Vana-Antsla_vallavalitsus, lk 147
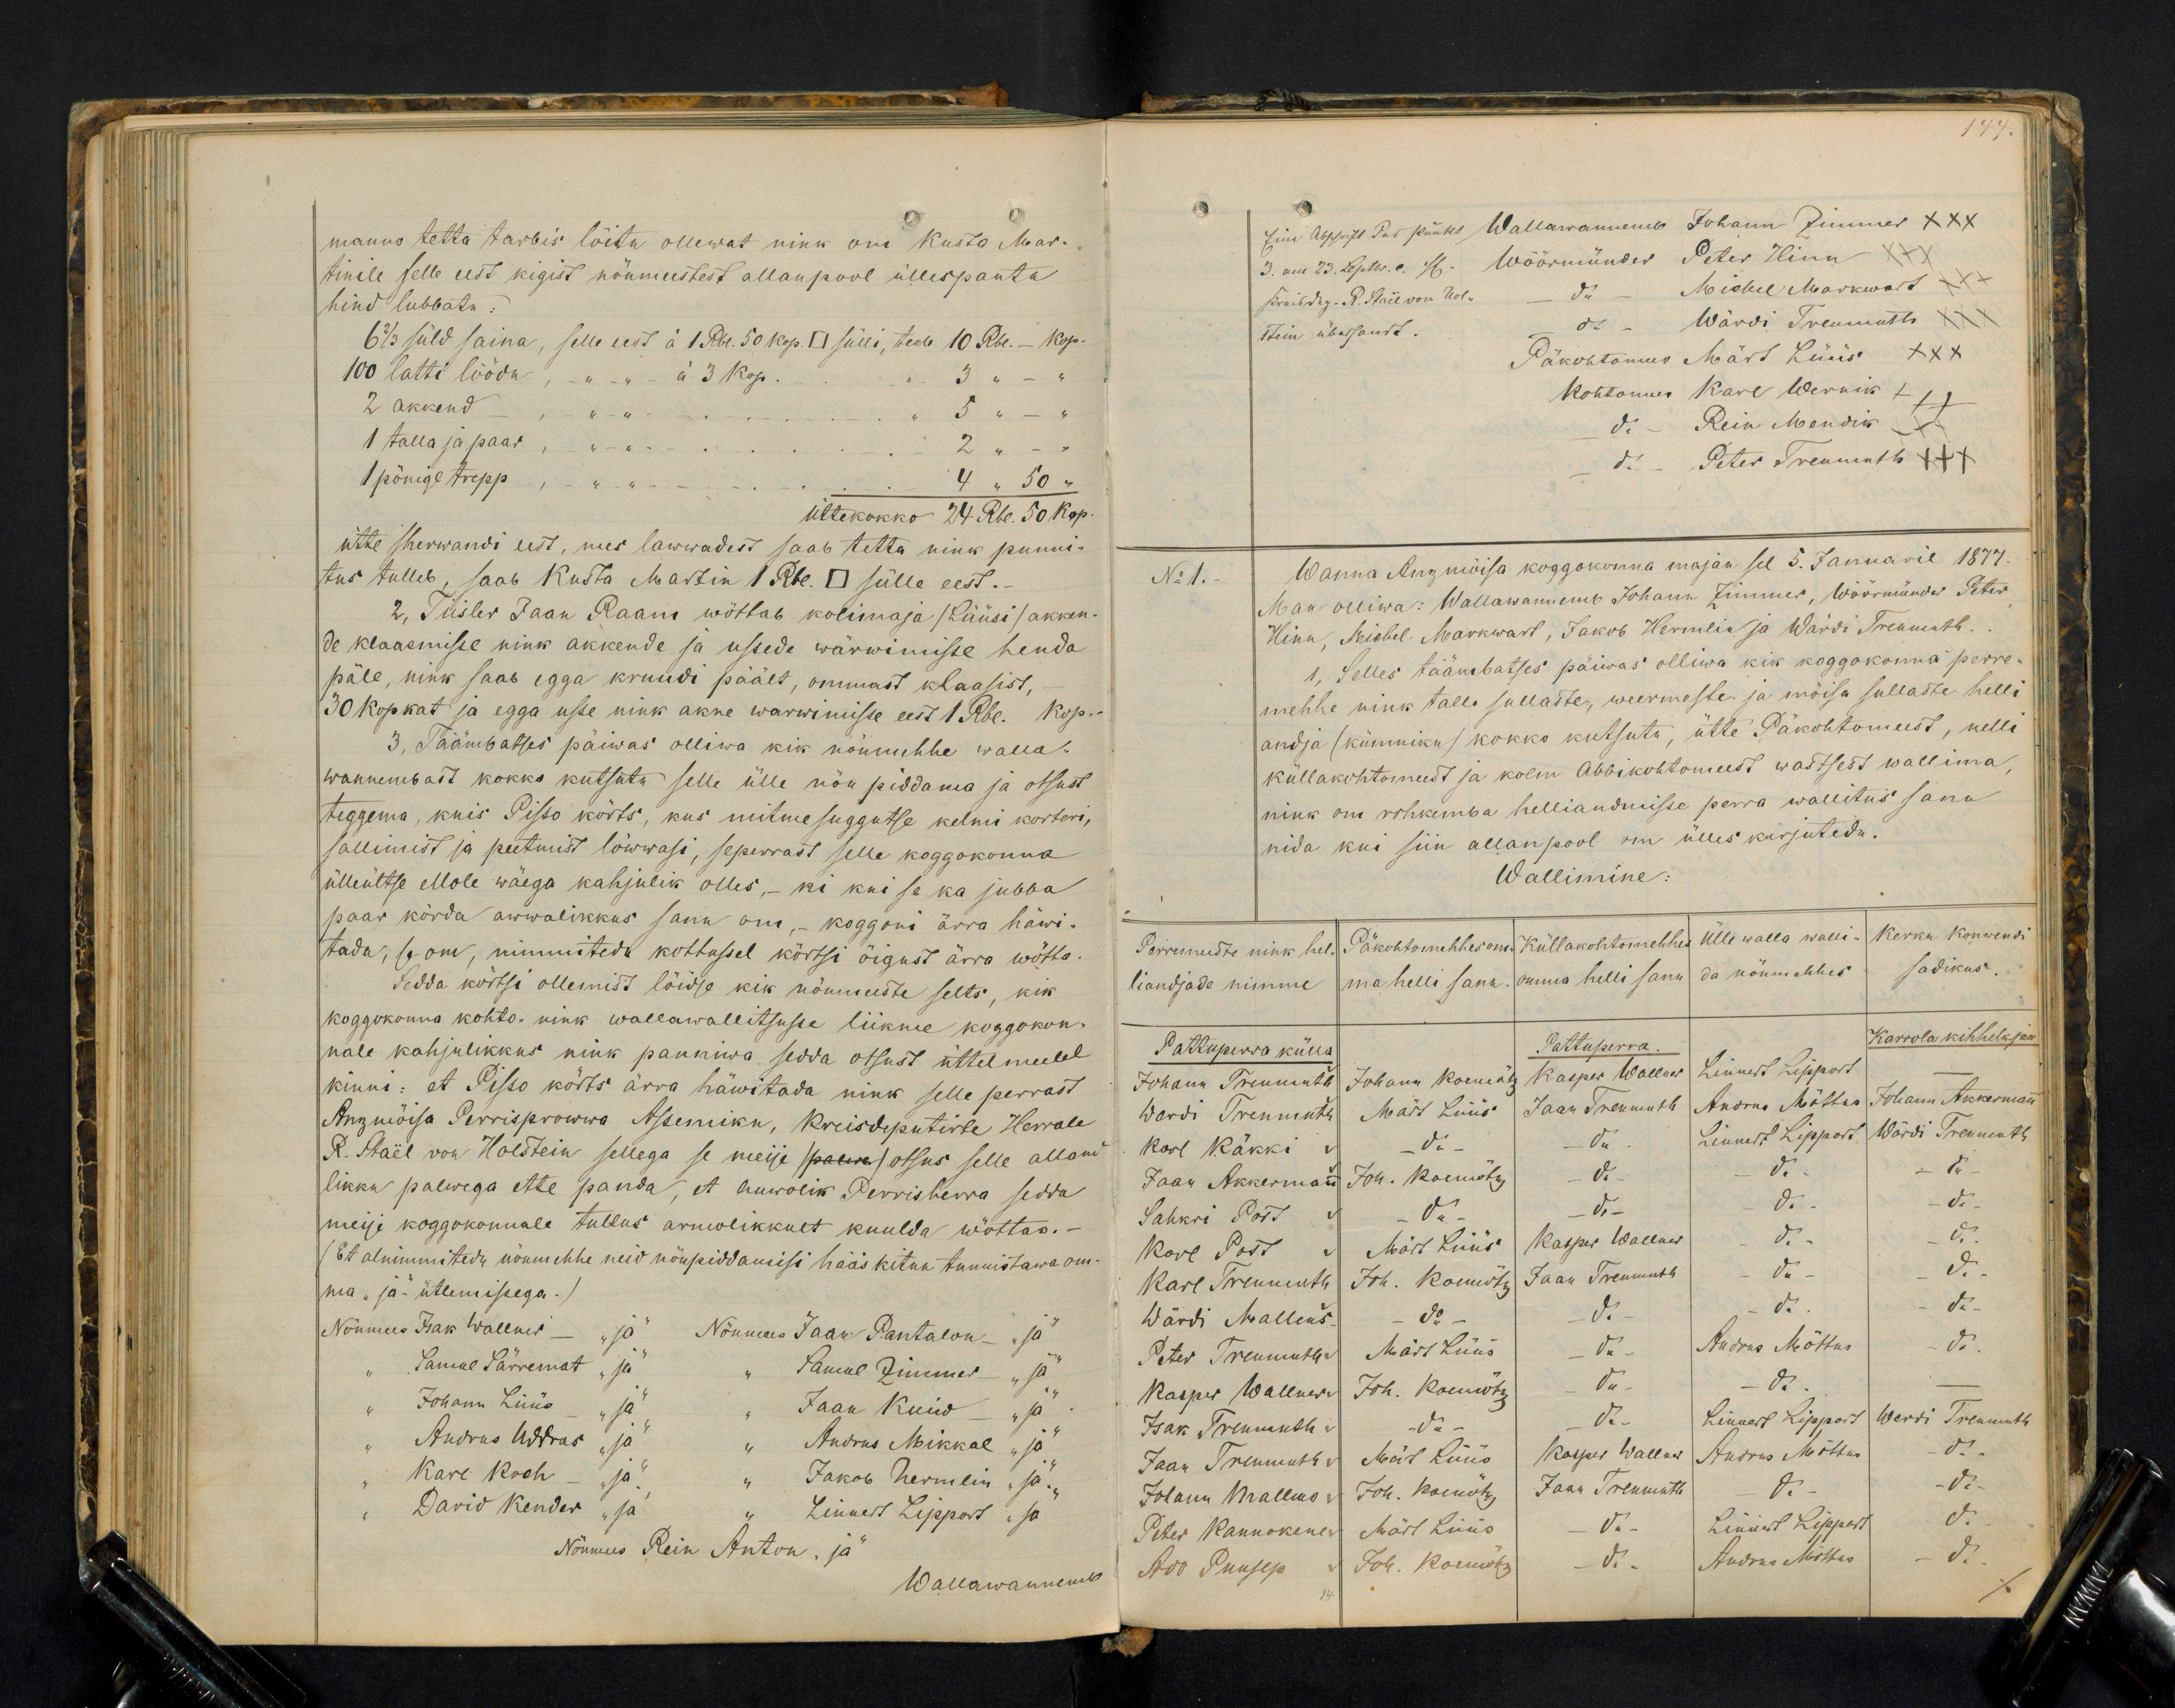
144

manno tetta tarbis löitu ollewat nink on Kusta Mar-
tinile selle eest kigist nöumeestest allanpool üllespantu
hind lubbatu:
6 2/3 süld saina, selle eest à 1 Rbl. 50 kop. □ sülli, teeb 10 Rbl - kop
100 latti löödu, - -à 3 kop. - 3 " - "
2 akkend - " " " 5 " - "
1 talla ja paar " " "2 " -
1 pönige trepp, - " - 4 " 50 "
üttekokko 24 Rbl. 50 Kop.
ütte sherwandi eest, mes lawwadest saab tetta nink punni-
tus tulleb, saab Kusta Martin 1 Rbl. □ sülle eest.
2, Tiisler Jaan Raam wöttab kolimaja /Lüüsi/ akken
de klaasmisse nink akkende ja ussede wärwimisse henda-
päle, nink saab egga kruudi päält, ommast klaasist,
30 kopkat ja egga usse nink akne warwimisse eest 1 Rbl. Kop.
3. Täämbatses päiwas olliwa kik nöumehhe walla-
wannembast kokko kutsuta selle ülle nöu piddama ja otsust
teggema, kuis Pisso kõrts, kus mitmesuggutse kelmi korteri,
sallimist ja peetmist löwwasi, seperrast selle koggokonna
üllültse ellole wäega kahjulik olles, ni kui se ka jubba
paar körda awwalikkus sanu om, koggoni ärra häwi-
tada, se om, nimmitedu kottussel körtsi öigust ärra wötta.
Sedda körtsi ollemist löidse kik nöumeeste selts, kik
koggokonna kohto-nink wallawalitsuse liikme koggokon-
nale kahjulikkus nink panniwa sedda otsust üttel meelel
kinni: et Pisso kõrts ärra häwitada nink selle perrast
Anzmöisa Perrisprowwa Assemiku, Kreisdepurtirte Herrale
R. Staël von Holstein sellega se meije /palwe/ otsus selle alland
likku palwega ette panda, et armolik Perrisherra sedda
meije koggokonnale tullus armolikkult kuulda wöttas.-
Et alnimmitedu nöumehhe neid nöupidamisi hääs kitnu tunnistawa om-
ma "ja" ütlemissega.)
Nöumees Isak Wallner - "ja" Nöumees Jaan Pantalon - "ja"
Samul Särremat "ja" "Samul Zimmer - "ja"
" Johann Lüüs "ja" " Jaan Kuiw - "ja"
" Andrus Uddras "ja"  "Andrus Mikkal "ja"
" Karl Koch "ja" " Jakob Hermelin "ja"
" David Kender "ja" " Linnert Lippart "ja"
Nöumees Rein Anton "ja"
Wallawannemb

Wallawannemb Johann Zimmer XXX
Wöörmünder Peter Hinn XXX
do - Michel Markwart XXX
do - Wärdi Treumuth XXX
Päkohtomees Märt Lüüs XXX
Kohtomees Karl Wernik +++
do - Rein Mendik XXX
do Peter Treumuth +++
No 1.
Wanna Anzmöisa koggokonna majan sel 5. Januaril 1877.
Man olliwa: Wallawannemb Johann Zimmer, Wöörmünder Peter
Hinn, Michel Markwart, Jakob Hermelin ja Wärdi Treumuth.
1, Selles täämbatses päiwas olliwa kik koggokonna perre
mehhe nink tallo sullaste, weermeste ja möisa sullaste helli
andja (kümniku) kokko kutsutu, ütte Päkohtomeest, nelli
küllakohtomeest ja kolm Abbikohtomeest wastsest wallima
nink om rohkemba helliandmisse perra wallitus sanu
nida kui siin allanpool om ülles kirjutedu.
Wallimine:
Perremeeste nink hel-
Päkohtomehhes om
Küllakohtomehhes
Ülle walla walli-
Kerku Konwendi
liandjade nimme
ma helli sanu.
omma helli sanu
da nöumehhes
sadikus.
Pattuperra külla
Pattuperra.
Karrola kihhelk jaos
Johann Treumuth
Johann Koemötz
Kasper Wallner
Linnert Lippart
Johann Akkermann
Wardi Treumuth
Mart Lüüs
Jaan Treumuth
Andrus Möttus
Karl Käkki
Linnert Lippart Wärdi Treumuth
Jaan Akkermann Joh. Koemötz
- do - - do
Sahkri Post
- do
Karl Post
Märt Lüüs
Kasper Wallner - do - - do
Karl Treumuth Joh. Koemötz
Jaan Treumuth - do - - do
Wärdi Malleus
- do -
- do - - do - do
Peter Treumuth
Märt Lüüs
do Andrus Möttus - do
Kasper Wallner
Joh. Koemötz
Isak Treumuth.
-do-
do Linnart Lippart Werdi Treumuth
Jaan Treumuth Märt Lüüs
Kasper Wallner Andrus Möttus - do
Johann Malleus
Joh. Koemötz
Jaan Tremmuth - do - - do
Peter Kannokene
Märt Lüüs
Linnart Lippart do
Ado Puusep
Joh. Koemötz
- do - Andrus Möttus - do